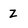
Character: Z